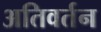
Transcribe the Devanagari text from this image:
अतिवर्तन